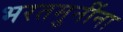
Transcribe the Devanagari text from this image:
भरतमुनींना